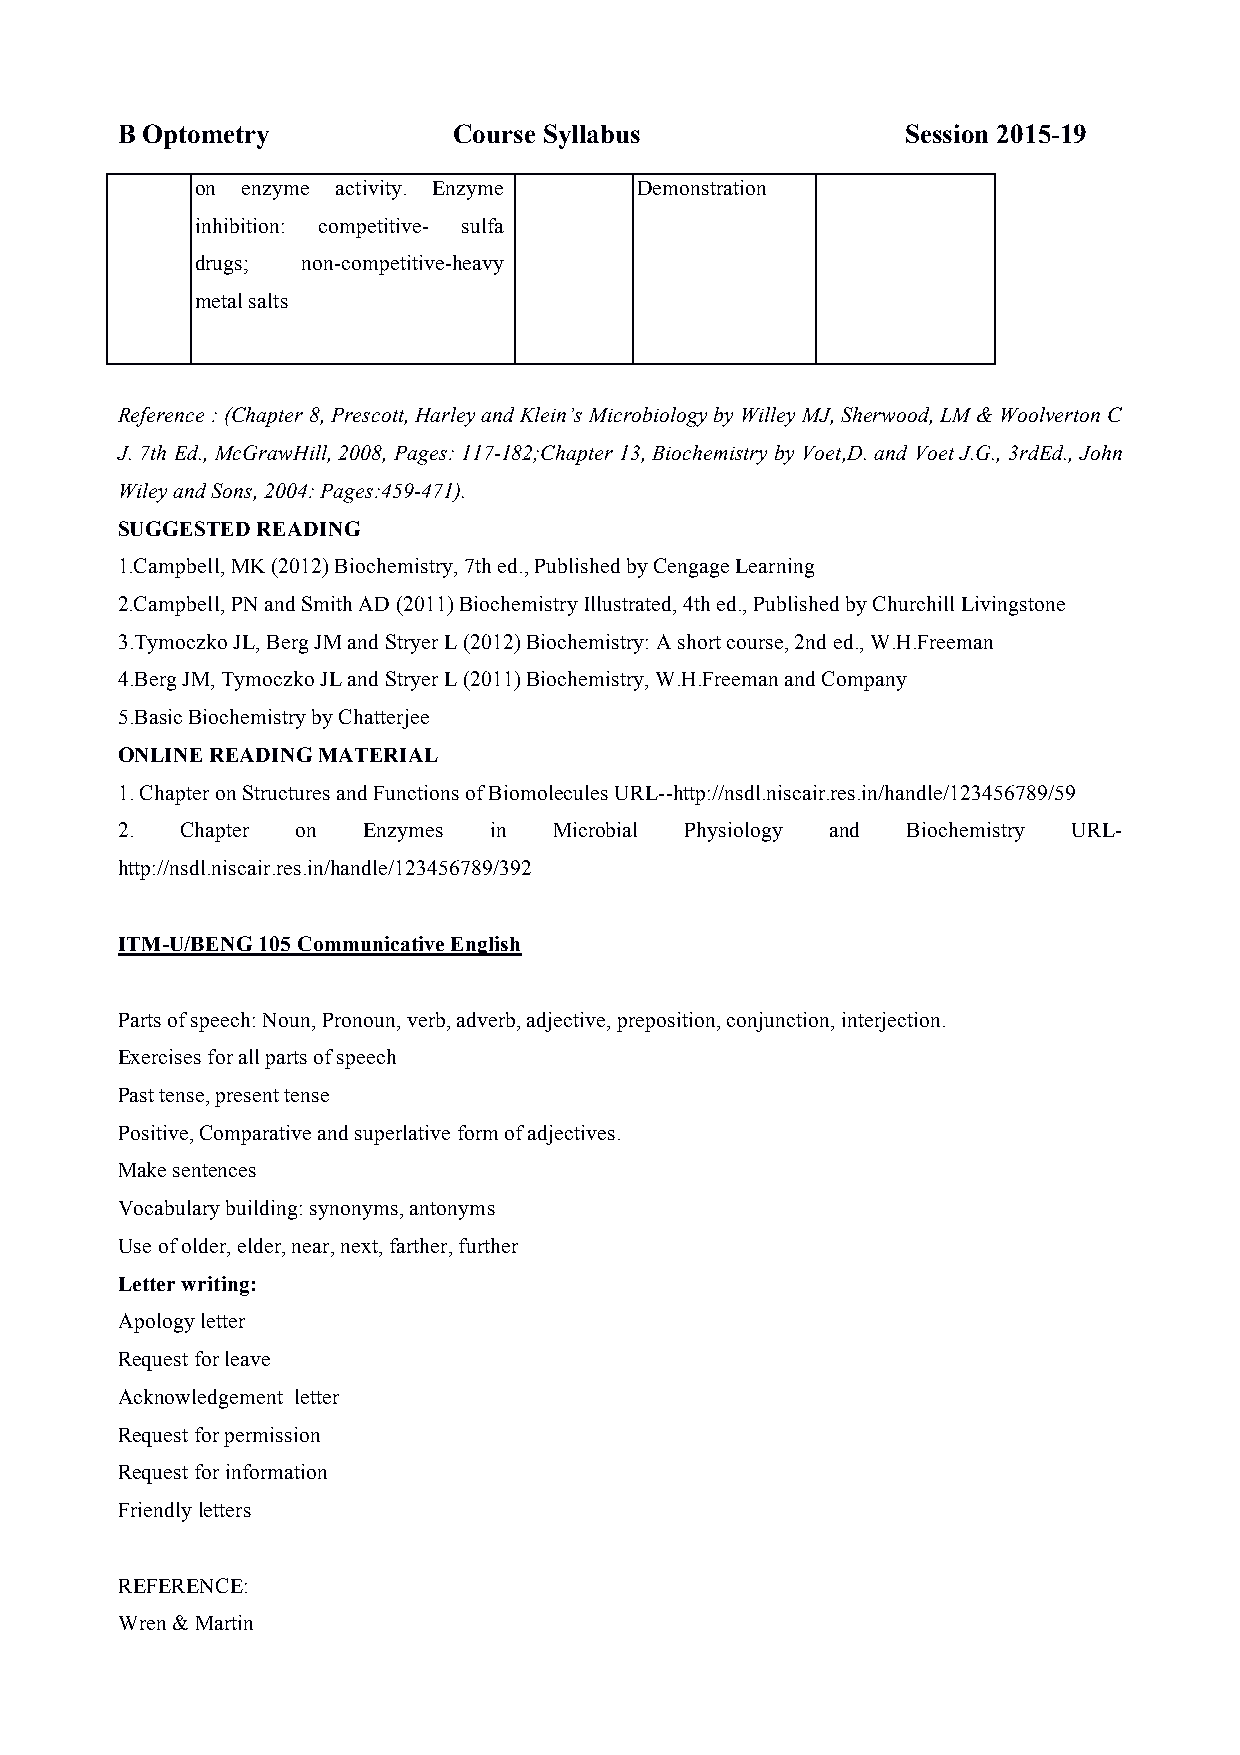
B Optometry           Course Syllabus               Session 2015-19
 on enzyme activity. Enzyme   Demonstration
 inhibition: competitive- sulfa
 drugs; non-competitive-heavy
 metal salts
 Reference : (Chapter 8, Prescott, Harley and Klein’s Microbiology by Willey MJ, Sherwood, LM & Woolverton C
 J. 7th Ed., McGrawHill, 2008, Pages: 117-182;Chapter 13, Biochemistry by Voet,D. and Voet J.G., 3rdEd., John
 Wiley and Sons, 2004: Pages:459-471).
 SUGGESTED READING
 1.Campbell, MK (2012) Biochemistry, 7th ed., Published by Cengage Learning
 2.Campbell, PN and Smith AD (2011) Biochemistry Illustrated, 4th ed., Published by Churchill Livingstone
 3.Tymoczko JL, Berg JM and Stryer L (2012) Biochemistry: A short course, 2nd ed., W.H.Freeman
 4.Berg JM, Tymoczko JL and Stryer L (2011) Biochemistry, W.H.Freeman and Company
 5.Basic Biochemistry by Chatterjee
 ONLINE READING MATERIAL
 1. Chapter on Structures and Functions of Biomolecules URL--http://nsdl.niscair.res.in/handle/123456789/59
 2.  Chapter on  Enzymes in   Microbial Physiology and Biochemistry URL-
 http://nsdl.niscair.res.in/handle/123456789/392
 ITM-U/BENG 105 Communicative English
 Parts of speech: Noun, Pronoun, verb, adverb, adjective, preposition, conjunction, interjection.
 Exercises for all parts of speech
 Past tense, present tense
 Positive, Comparative and superlative form of adjectives.
 Make sentences
 Vocabulary building: synonyms, antonyms
 Use of older, elder, near, next, farther, further
 Letter writing:
 Apology letter
 Request for leave
 Acknowledgement letter
 Request for permission
 Request for information
 Friendly letters
 REFERENCE:
 Wren & Martin